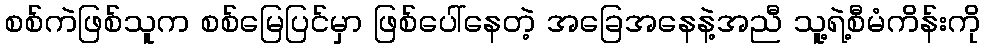
စစ်ကဲဖြစ်သူက စစ်မြေပြင်မှာ ဖြစ်ပေါ်နေတဲ့ အခြေအနေနဲ့အညီ သူ့ရဲ့စီမံကိန်းကို